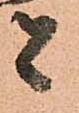
者